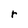
Character: r